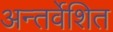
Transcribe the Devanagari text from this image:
अन्तर्वेशित